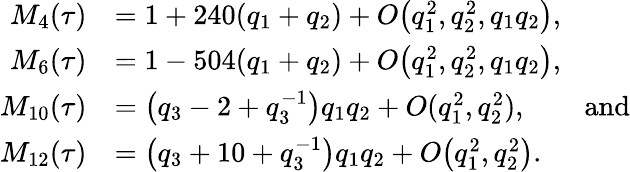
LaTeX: \begin{array}{rl}{M_{4}(\tau)}&{=1+240(q_{1}+q_{2})+O\bigl(q_{1}^{2},q_{2}^{2},q_{1}q_{2}\bigr),}\\ {M_{6}(\tau)}&{=1-504(q_{1}+q_{2})+O\bigl(q_{1}^{2},q_{2}^{2},q_{1}q_{2}\bigr),}\\ {M_{10}(\tau)}&{=\bigl(q_{3}-2+q_{3}^{-1}\bigr)q_{1}q_{2}+O(q_{1}^{2},q_{2}^{2}),\qquad\mathrm{and}}\\ {M_{12}(\tau)}&{=\bigl(q_{3}+10+q_{3}^{-1}\bigr)q_{1}q_{2}+O\bigl(q_{1}^{2},q_{2}^{2}\bigr).}\end{array}